Calcutta medical institutions reports 1892-1900
Year: 1892
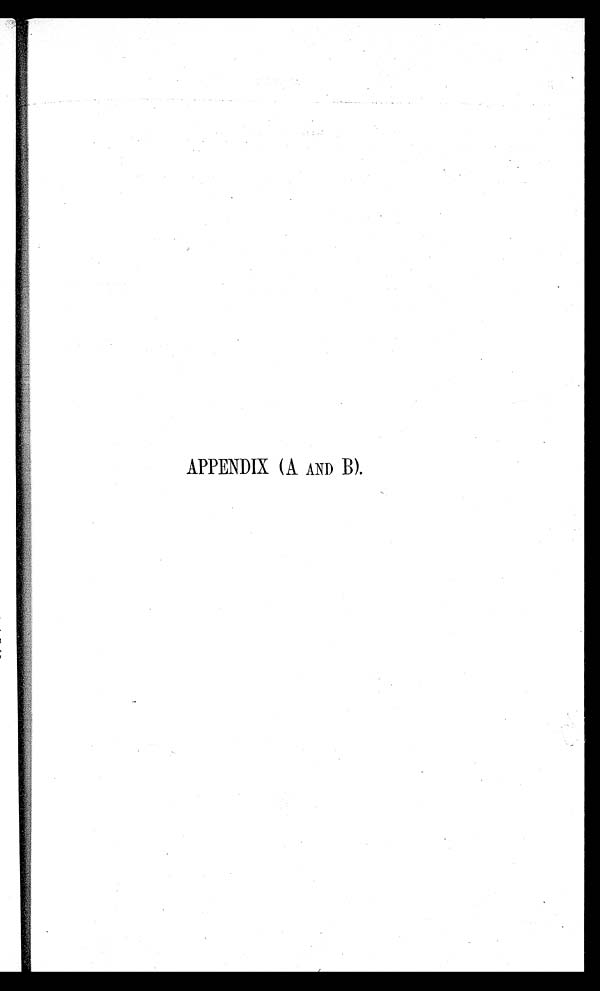
APPENDIX (A AND B).